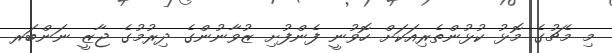
މި މެޗުގެ މޮޅު ކުޅުންތެރިއަކަށް ހޮވުނީ ފެންފުށި ޒުވާނުންގެ ދިރުމުގެ ޖާޒީ ނަންބަރ